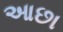
આછા